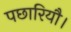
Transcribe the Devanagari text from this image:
पछारियौ।